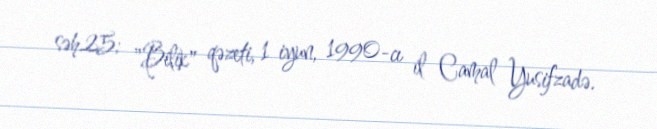
səh.25; "Bilik" qəzeti, 1 iyun, 1990-cı il Camal Yusifzadə.